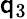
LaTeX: \mathsf{q}_{3}